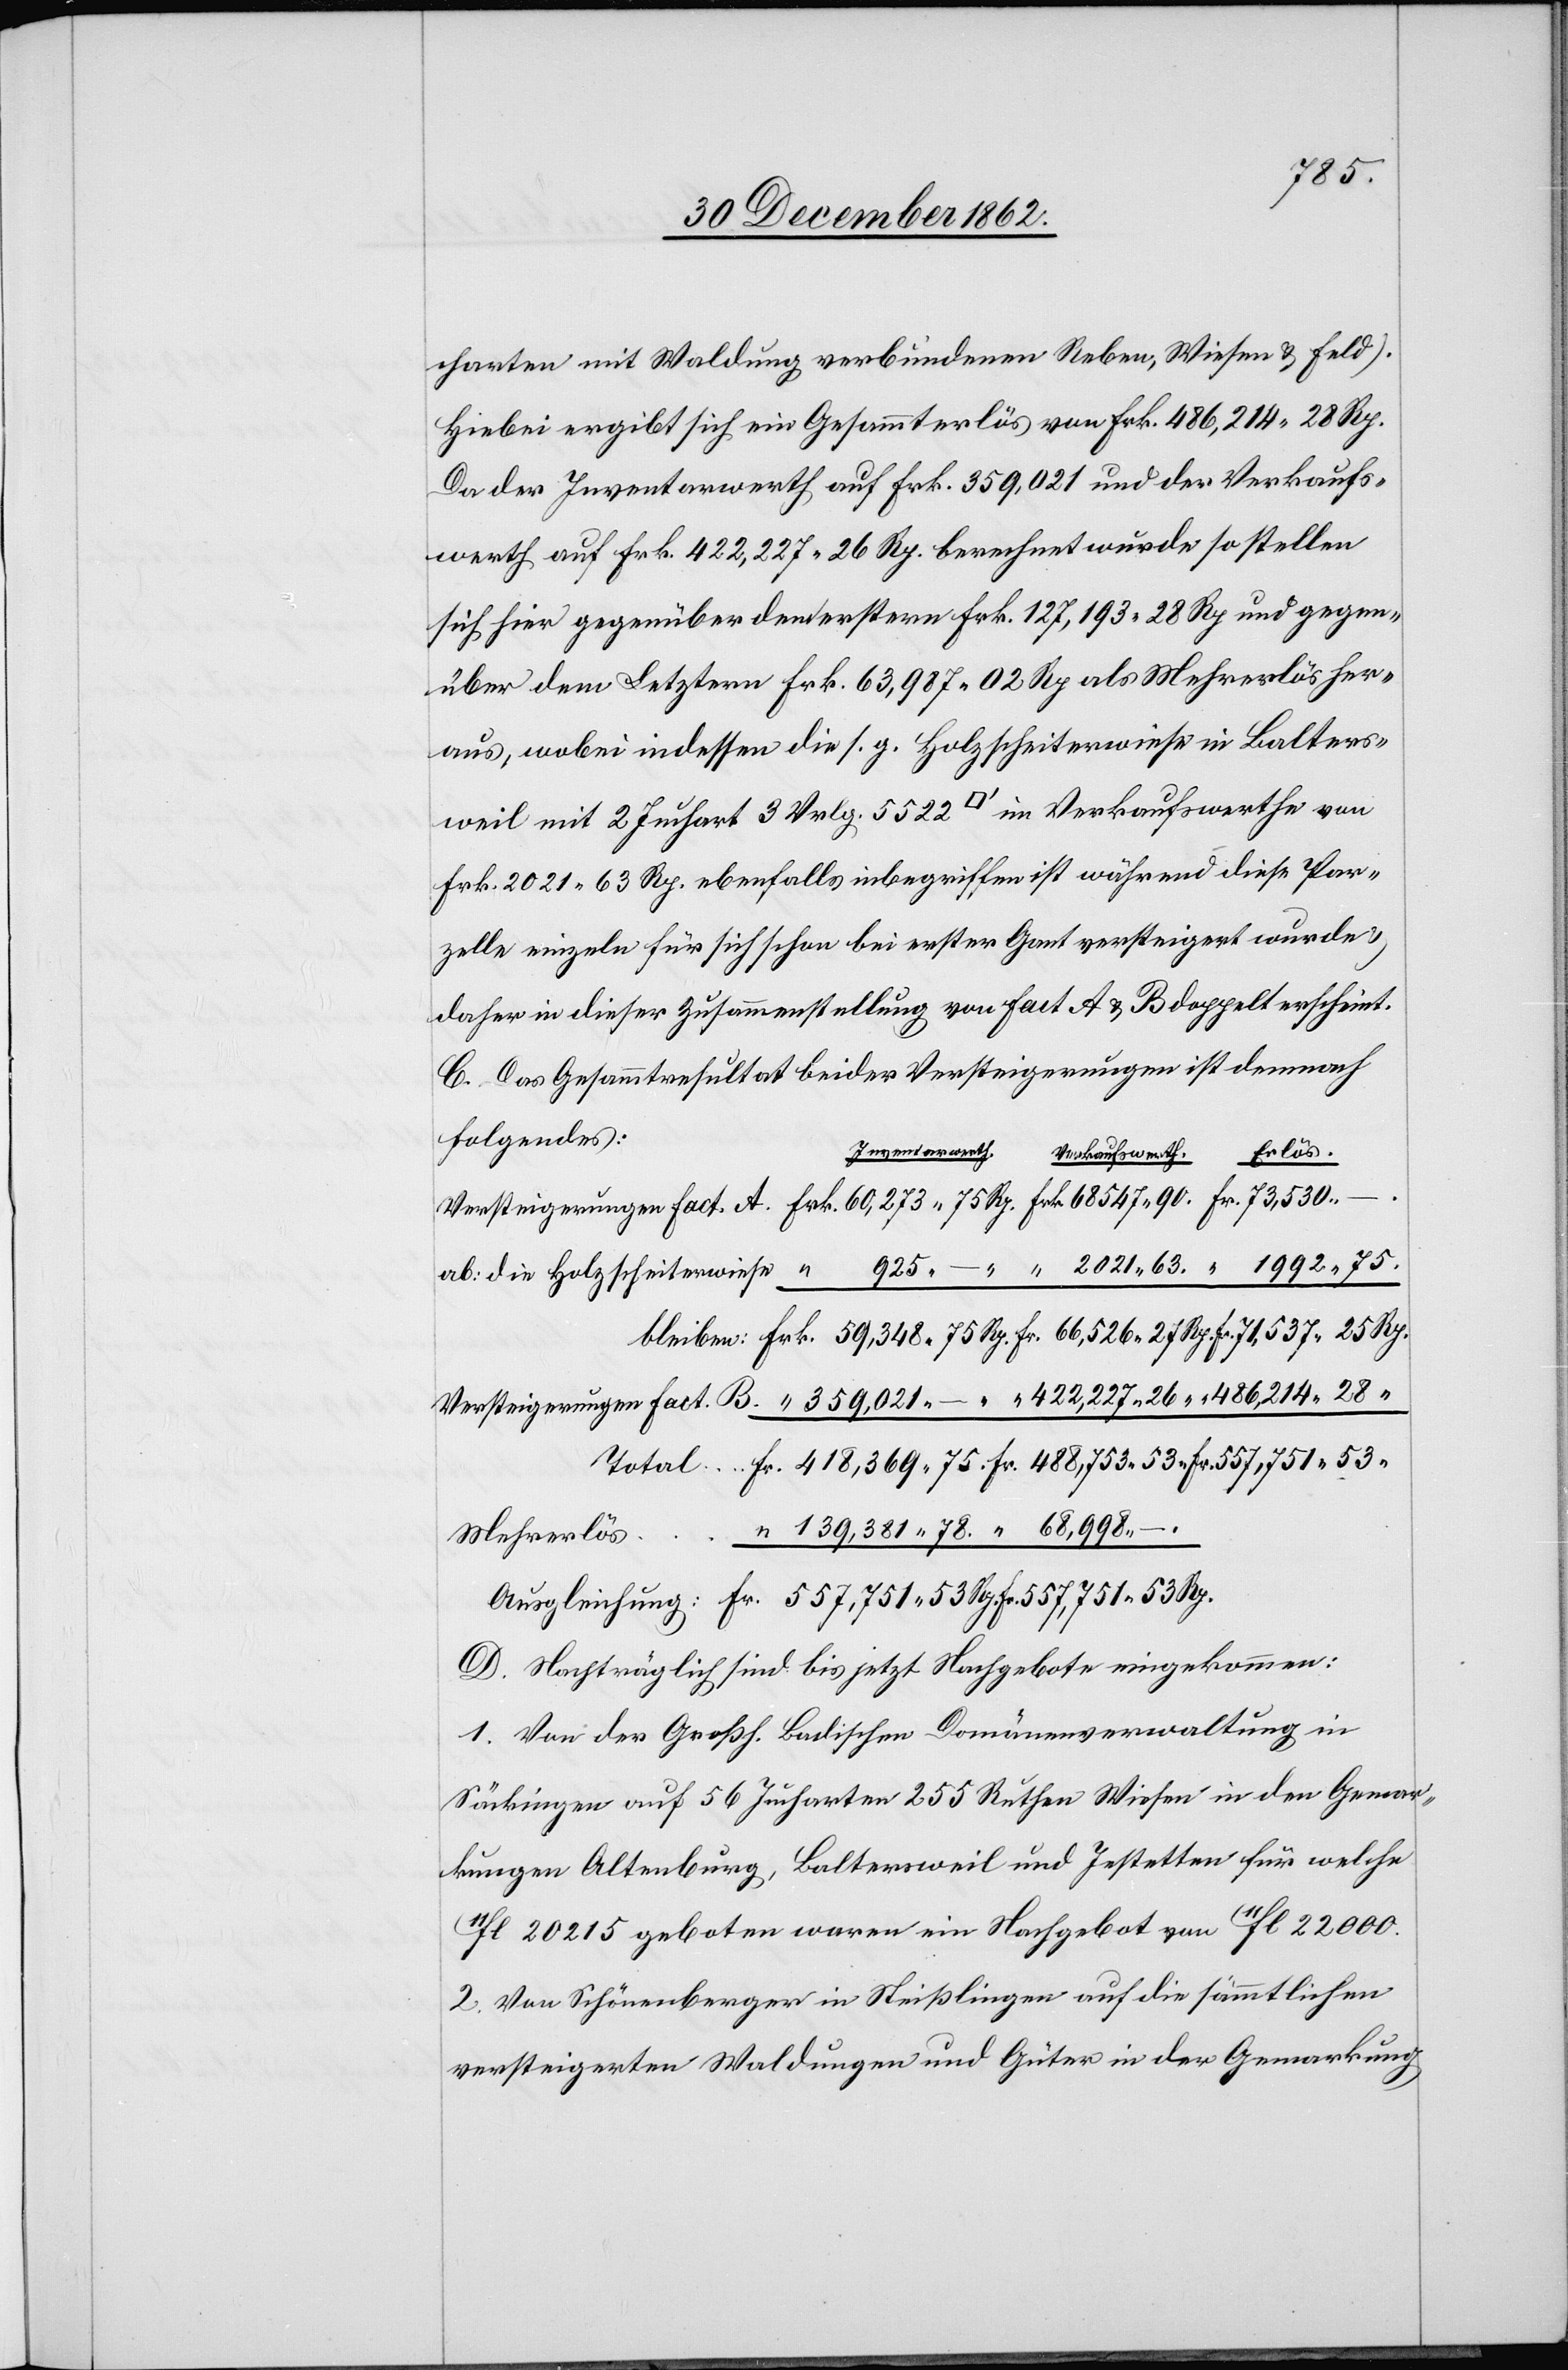
71,537
charten mit Waldung verbundenen Reben, Wiesen u. Feld).
Hiebei ergibt sich ein Gesammterlös von Frk. 486,214 28 Rp.
Da der Inventarwerth auf Frk. 359,021 und der Verkaufs¬
werth auf Frk. 422,227 26 Rp. berechnet wurde so stellen
sich hier gegenüber dem erstern Frk. 127,193 28 Rp. und gegen¬
über dem Letztern Frk. 63,987 02 Rp. als Mehrerlös her¬
aus, wobei indessen die s. g. Holzscheiterwiese in Balters¬
weil mit 2 Juchart 3 Vrlg. 5522 [Quadratfuß] im Verkaufswerthe von
Frk. 2021 63 Rp. ebenfalls inbegriffen ist während diese Par¬
zelle einzeln für sich schon bei erster Gant versteigert wurde
daher in dieser Zusammenstellung von Fact A u. B doppelt erscheint.
C. Das Gesammtresultat beider Versteigerungen ist demnach
folgendes:
Inventarwerth
Mehrerlös
D. Nachträglich sind bis jetzt Nachgebote eingekommen:
1. Von der Großh. Badischen Domänenverwaltung in
Säckingen auf 56 Jucharten 255 Ruthen Wiesen in den Gemar¬
kungen Altenburg, Balterweil und Jestetten für welche
11fl. 20 215 geboten waren ein Nachgebot von 11fl. 22 000.
2. Von Schönenberger in Steißlingen auf die sämmtlichen
versteigerten Waldungen und Güter in der Gemarkung